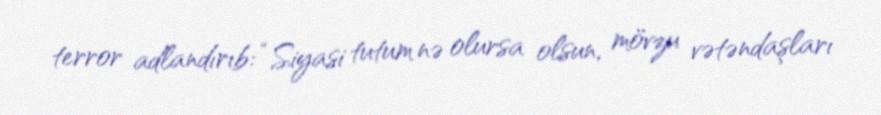
terror adlandırıb: “Siyasi tutum nə olursa olsun, mövzu vətəndaşları